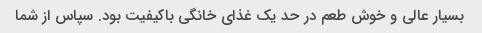
بسیار عالی و خوش طعم در حد یک غذای خانگی باکیفیت بود. سپاس از شما